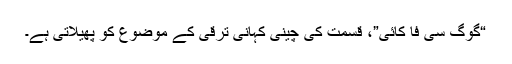
“گوگ سی فا کائی”، قسمت کی چینی کہانی ترقی کے موضوع کو پھیلاتی ہے۔